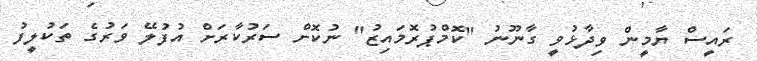
ރައީސް ޔާމީން ވިދާޅުވީ ގާނޫނު "ކޮމްޕުރޮމައިޒު" ނުކޮށް ސަރުކާރަށް އުފުލޭ ވަރުގެ ތަކުލީފު